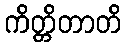
ကိတ္တိတာတိ